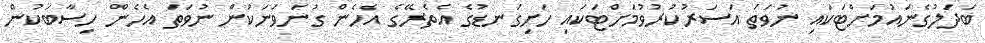
ބަދަލުގެނައުމަށްޓަކައި ނުވަތަ އަސަރުކުރުވުމަށްޓަކައި ހަށިގަނޑުގެ އެތެރޭގެ އެހެން ގުނަވަނަކުން ނުވަތަ އެހެން ހިސާބަކުން